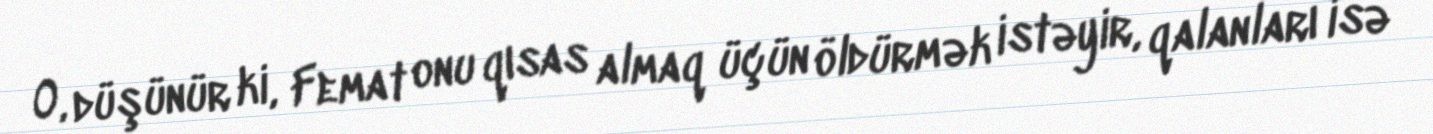
O, düşünür ki, Femat onu qısas almaq üçün öldürmək istəyir, qalanları isə